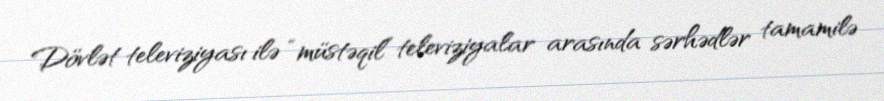
Dövlət televiziyası ilə “müstəqil” televiziyalar arasında sərhədlər tamamilə